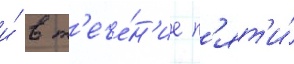
и́ в т'ече́н'ие п'ят'и́